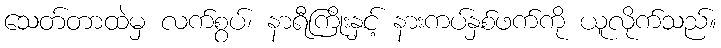
သေတ်တာထဲမှ လက်စွပ်၊ နာရီကြိုးနှင့် နားကပ်နှစ်ဖက်ကို ယူလိုက်သည်။